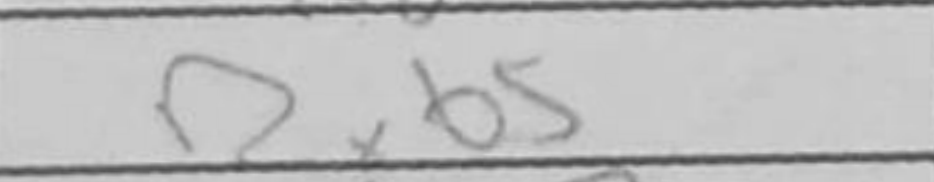
Transcription: Rxb5